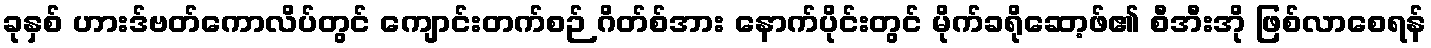
ခုနှစ် ဟားဒ်ဗတ်ကောလိပ်တွင် ကျောင်းတက်စဉ် ဂိတ်စ်အား နောက်ပိုင်းတွင် မိုက်ခရိုဆော့ဖ်၏ စီအီးအို ဖြစ်လာစေရန်